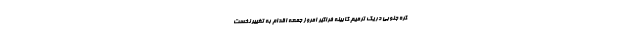
کره جنوبی در یک ترمیم کابینه فراگیر امروز جمعه اقدام به تغییر نخست